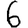
Digit: 6